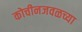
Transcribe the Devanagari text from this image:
कोचीनजवळच्या